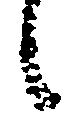
候